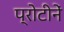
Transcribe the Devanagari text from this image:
प्रोटीनें